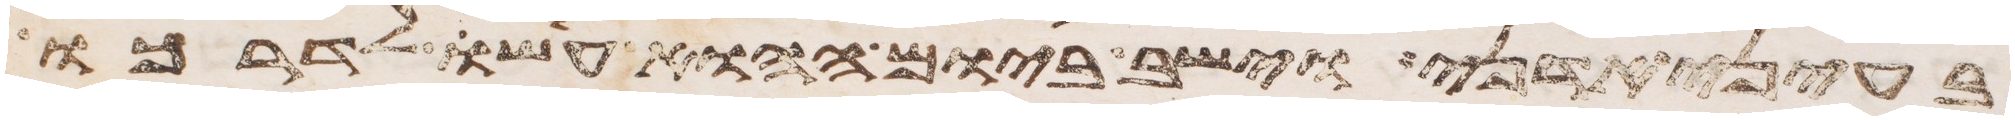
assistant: בעיני אדני וישב ביום ההוא עשו לדרכו